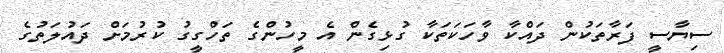
ސިޔާސީ ފަރާތަކުން ދައްކާ ވާހަކަތަކާ ގުޅިގެން އެ މީހުންގެ ތަހްގީގު ކުރުމަށް ދައުލަތުގެ